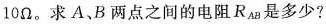
1 0 Ω$$。求A、B两点之间的电阻R_{AB}是多少?